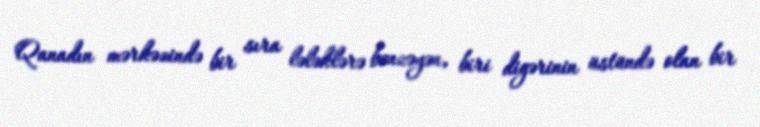
Qanadın mərkəzində bir sıra lələklərə bənzəyən, biri digərinin üstündə olan bir